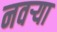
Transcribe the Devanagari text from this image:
नवर्‍या